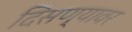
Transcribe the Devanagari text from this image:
दिसण्यावर